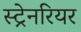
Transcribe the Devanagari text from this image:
स्ट्रेनरियर